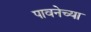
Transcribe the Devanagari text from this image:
पावनेच्या